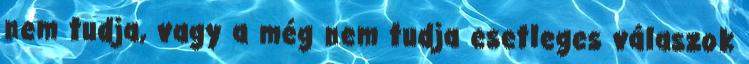
nem tudja, vagy a még nem tudja esetleges válaszok